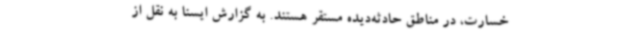
خسارت، در مناطق حادثه‌دیده مستقر هستند. به گزارش ایسنا به نقل از